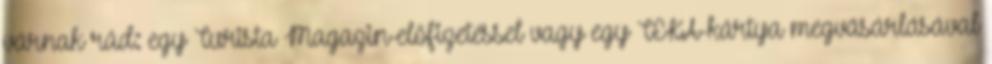
várnak rád: egy Turista Magazin-előfizetéssel vagy egy TEKA-kártya megvásárlásával